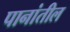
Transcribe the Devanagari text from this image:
पानांतील